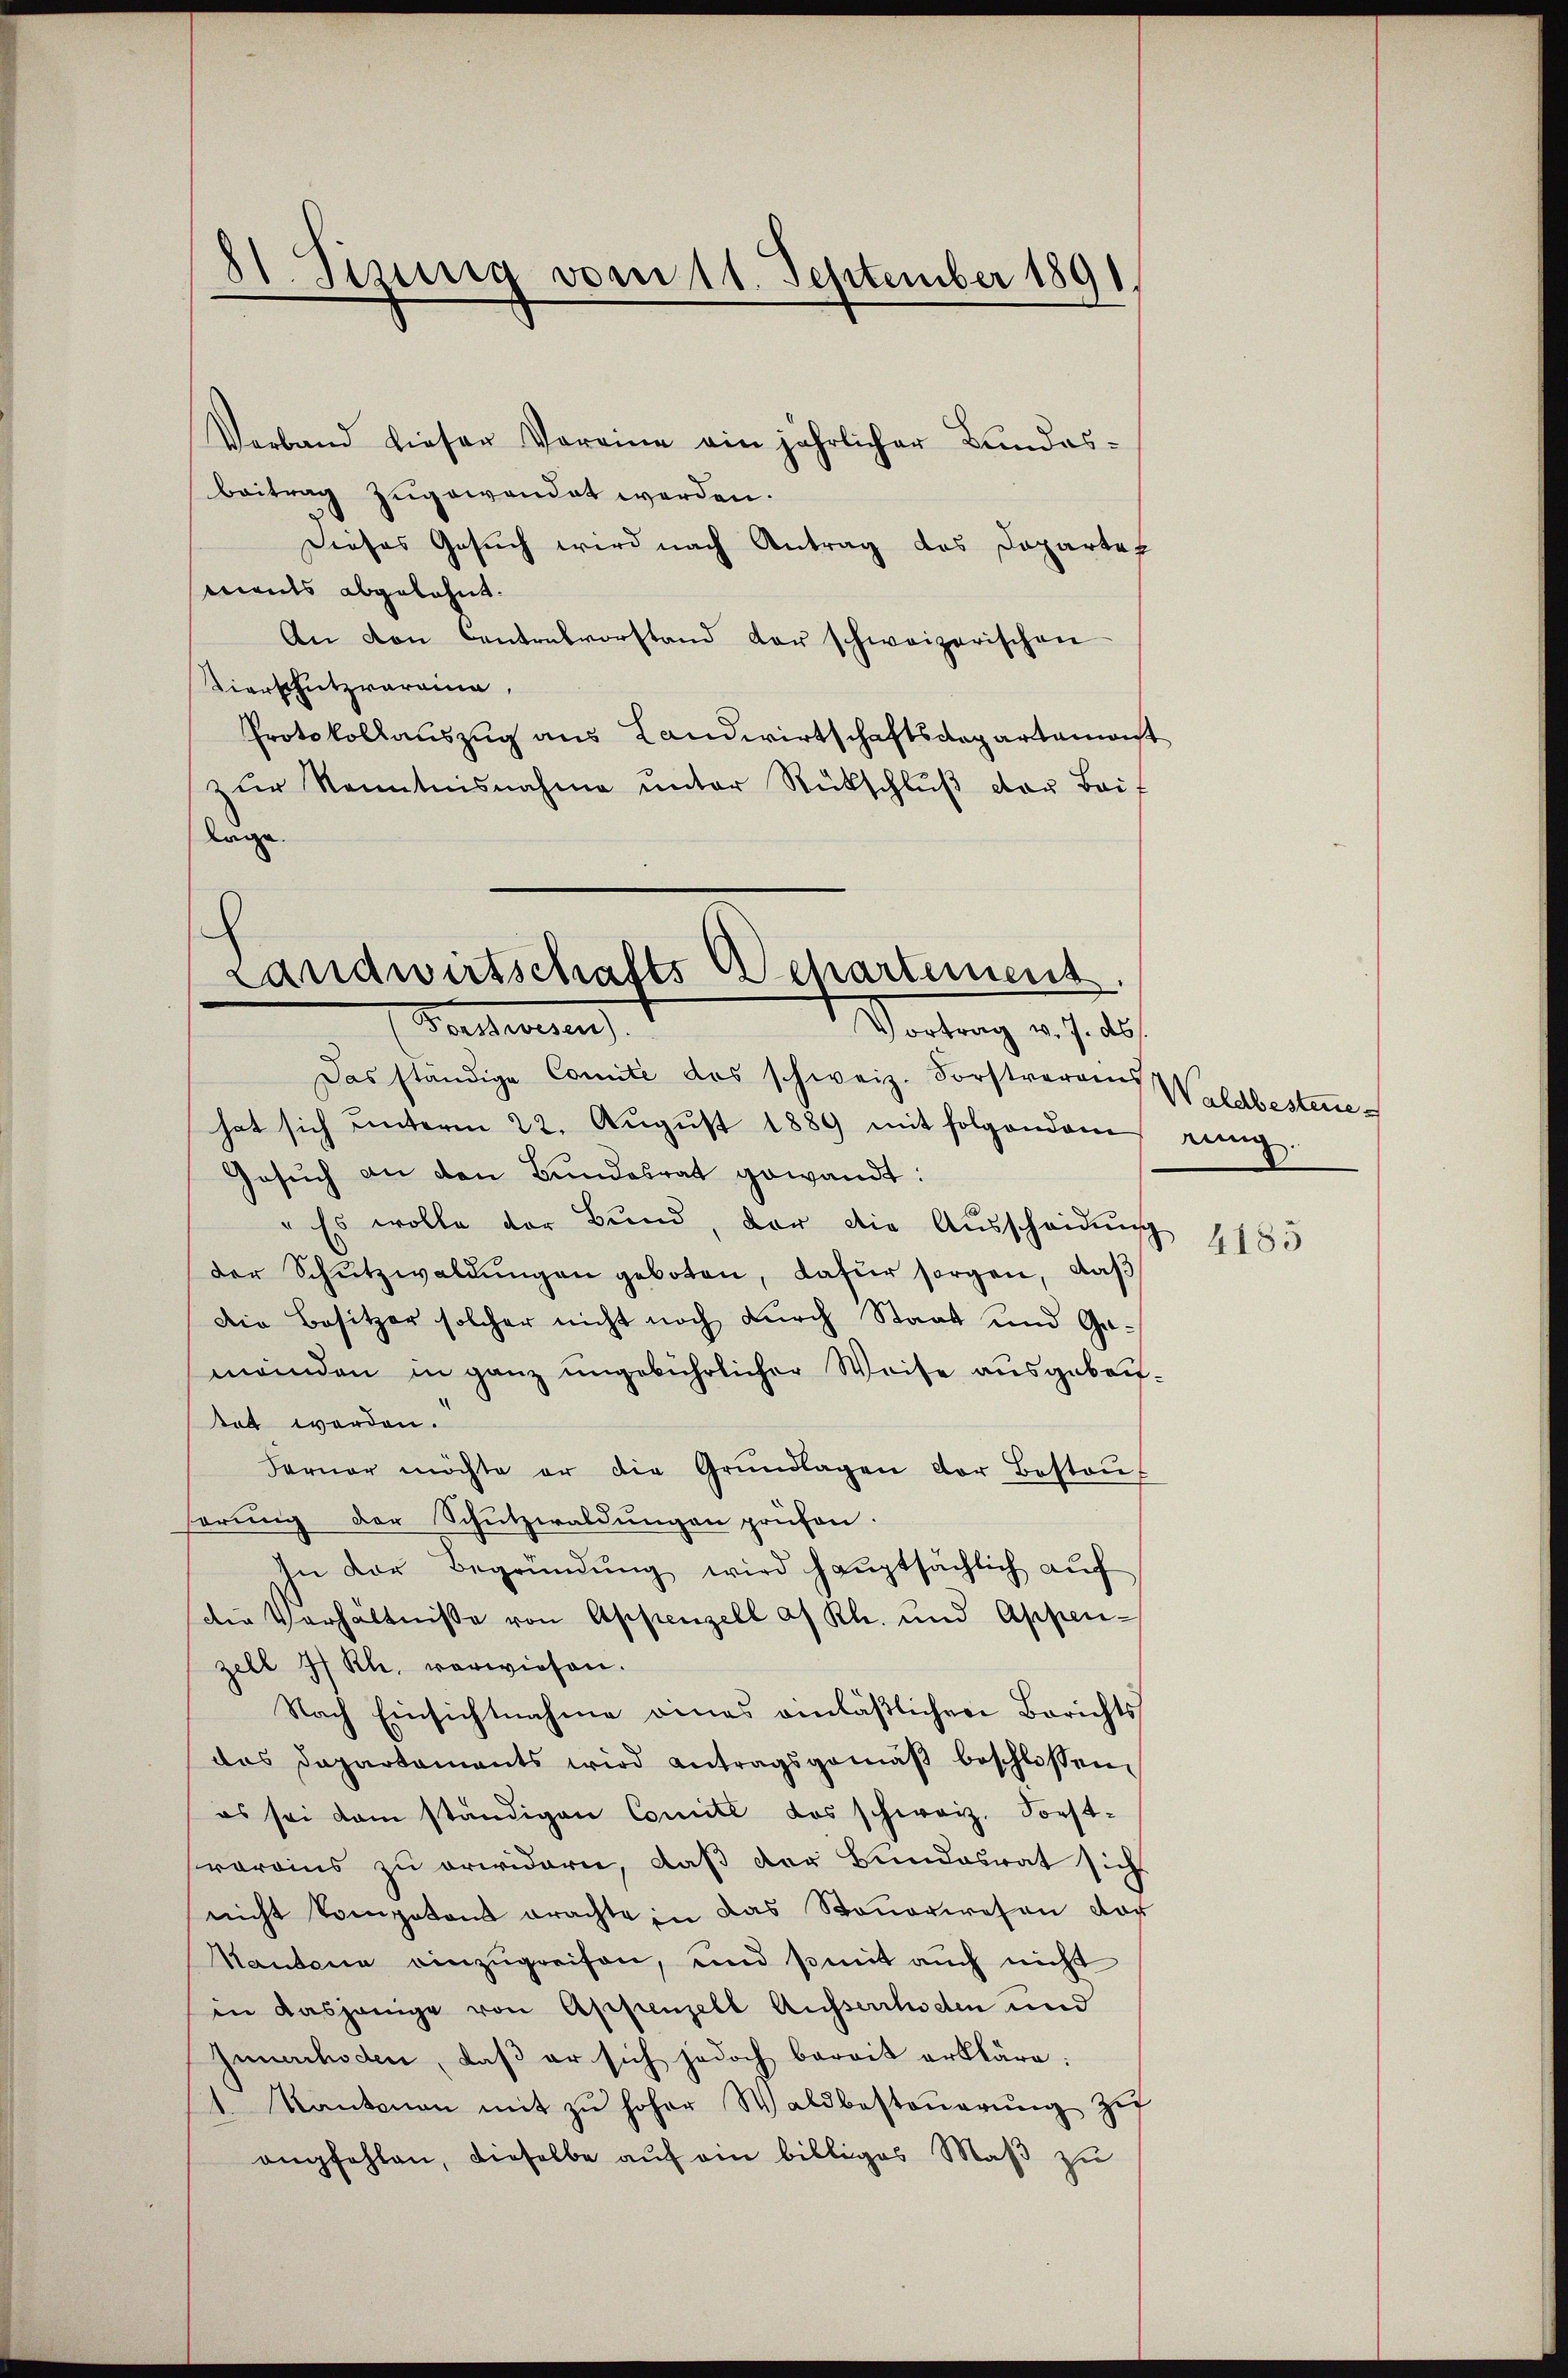
—
81 Pirinia vom 11. September 1891

Verband dieser Voreine ein jährlicher Bundesbeitrag zugewandet werden.
Dieses Gesuch wird nach Antrag des Doparten
mants abgelehnt.
An von Cantonsvorstand der schweizerischen
Tierschutzvorrina,
Protokollauszug aus Landwirtschaftsdepartamenst
zur Kenntnisnahme unter Rückschluß von Bai
lage.

E
Landwirtschafts Departement
Forderung
Vortrag v. J. ds.

Das ständige Comite das schweiz. Forstverain Waldbesteue
hat sich ŭnterm 22. Aŭgŭst 1889 mit folgendem
Gesŭch an den Bundesrat gewandt:
" Es wolle der Bund, der die Ausscheidung
der Schutzwaldungen geboten, dafür sorgen, daß
Die Besitzer solcher nicht noch durch Staat und Gameinden in ganz ungebührlicher Weise ausgebentet werden.
Ferner möchte er die Grŭndlagen der Bestaŭf
hörung der Schutzwaldungen prüfen.
In der Begründŭng wird haŭptsächlich aŭf
die Verhältnisse von Appenzell a/Rh. und Appen-
zell 77 Rh. vorwiesen.
Nach Einsichtnahme eines einläßlichen Berichts
das Departaments wird antragsgemäβ beschlossen,
es sei dem ständigen Comité des schweiz. Forst-
varains zu erwidern, daß der Bundesrat sich
nicht kompetent erachte in das Steŭerwesen dar
Kantone einzŭgreifen, und somit auch nicht
in dasjenige von Appenzell Ausserrhoden und
Iunarhoden, daß er sich jedoch bereit erkläre.
1. Kantonen mit zŭ hoher Waldbesteŭerŭng zu
empfehlen, dieselbe aŭf ein billiges Maβ zŭ

rung.

4185